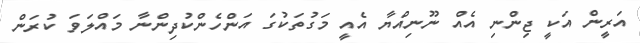
އަރީން އަކީ ޖިންނި އެއް ނޫނިއްޔާ އެއީ މަގުތަކުގަ އަންހެންކުދިންނާ މައްލަވަ ކުރަން